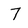
Character: 7